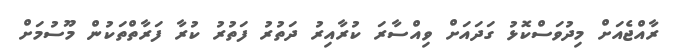
ރާއްޖެއަށް މިދުވަސްކޮޅު ގަދައަށް ވިއްސާރަ ކުރާއިރު ދަތުރު ފަތުރު ކުރާ ފަރާތްތަކުން މޫސުމަށް